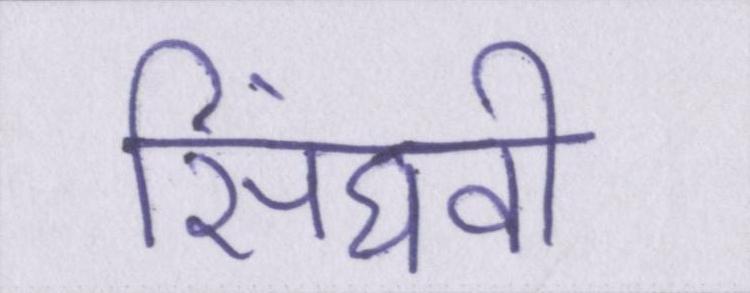
सिंघवी